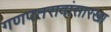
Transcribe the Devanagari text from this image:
गणपतरावांसारखा